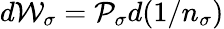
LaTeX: d{\cal W}_{\sigma}={\cal P}_{\sigma}d(1/n_{\sigma})